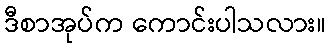
ဒီစာအုပ်က ကောင်းပါသလား။